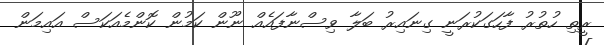
ރީތި ހުތުރު ފާހަގަކުރަނީ ގިނައިރު ބަލާ ވިސްނާފައެއް ނޫން ކަމުން ކޮންމެއަކަސް އައިމަން